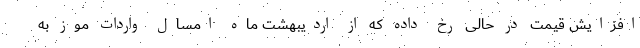
افزایش قیمت در حالی رخ داده که از اردیبهشت ماه امسال واردات موز به